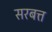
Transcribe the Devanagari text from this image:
सरबत्त